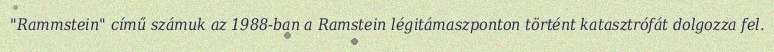
"Rammstein" című számuk az 1988-ban a Ramstein légitámaszponton történt katasztrófát dolgozza fel.